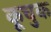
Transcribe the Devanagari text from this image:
कूचुक